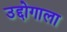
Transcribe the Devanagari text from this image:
उद्दोगाला